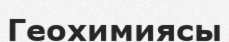
Геохимиясы